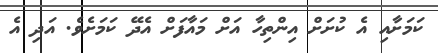
ކަމަށާއި އެ ކުށަށް އިންތިހާ އަށް މައާފަށް އެދޭ ކަމަށެވެ. އަދި އެ